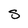
Character: S